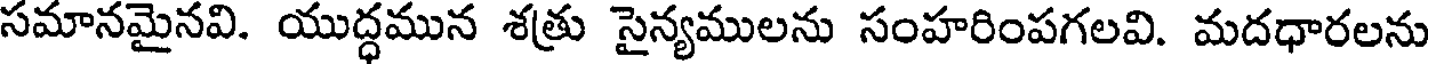
సమానమైనవి. యుద్ధమున శత్రు సైన్యములను సంహరింపగలవి. మదధారలను